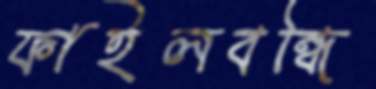
ফাইলবন্ধি